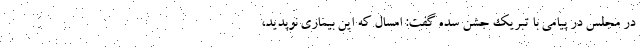
در مجلس در پیامی با تبریک جشن سده گفت: امسال که این بیماری نوپدید،